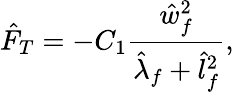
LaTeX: \hat{F}_{T}=-C_{1}\frac{\hat{w}_{f}^{2}}{\hat{\lambda}_{f}+\hat{l}_{f}^{2}},